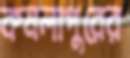
কমলাপুরের